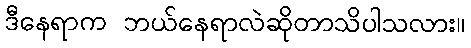
ဒီနေရာက ဘယ်နေရာလဲဆိုတာသိပါသလား။